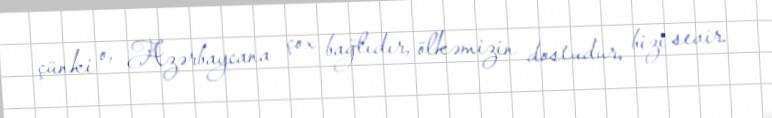
çünki o, Azərbaycana çox bağlıdır, ölkəmizin dostudur, bizi sevir.